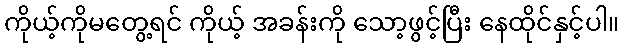
ကိုယ့်ကိုမတွေ့ရင် ကိုယ့် အခန်းကို သော့ဖွင့်ပြီး နေထိုင်နှင့်ပါ။